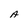
Character: A